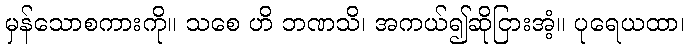
မှန်သောစကားကို။ သစေ ဟိ ဘဏသိ၊ အကယ်၍ဆိုငြားအံ့။ ပုရေယထာ၊